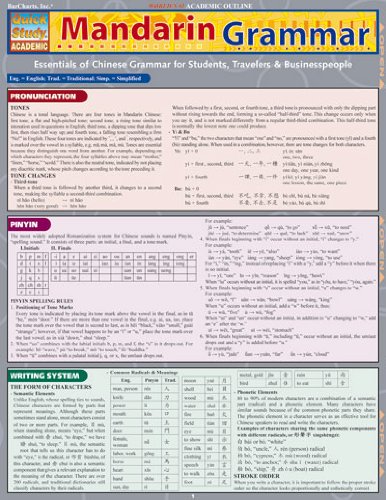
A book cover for Mandarin Grammar (Quickstudy: Academic); Inc. BarCharts; Reference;